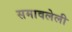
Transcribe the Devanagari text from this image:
समावलेली